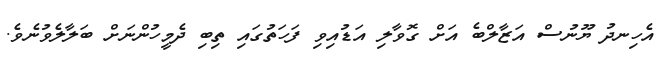
އެހިނދު ޔޫނުސް އަޒާލްބެ އަށް ގޮވާލި އަޑުއިވި ފަހަތުގައި ތިބި ދެމީހުންނަށް ބަލާލެވުނެވެ.